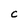
Character: C